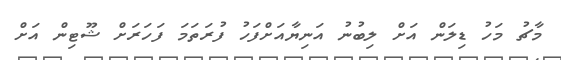
މާޗު މަހު ޑިލަން އަށް ލިބުނު އަނިޔާއަށްފަހު ފުރަތަމަ ފަހަރަށް ޝޫޓިން އަށް